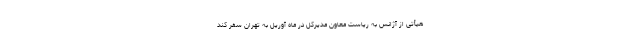
هیأتی از آژانس به ریاست معاون مدیرکل در ماه آوریل به تهران سفر کند